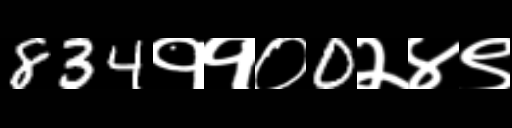
Text: 834११०0२४९